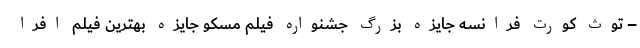
– توث کورت فرانسه جایزه بزرگ جشنواره فیلم مسکو جایزه بهترین فیلم افرا